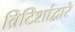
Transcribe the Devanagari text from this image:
ब्रिटिशांद्वारे